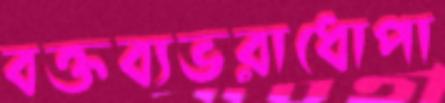
বক্তব্যভরাধোপা